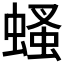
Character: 𧎇